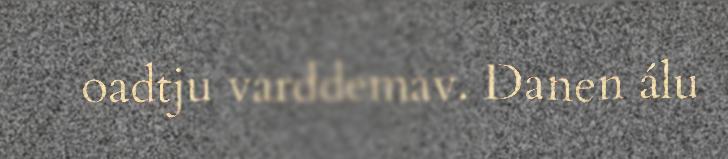
oadtju varddemav. Danen álu